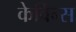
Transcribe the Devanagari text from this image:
केर्विन्स